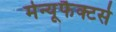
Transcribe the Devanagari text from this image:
मेन्यूफैक्टर्स